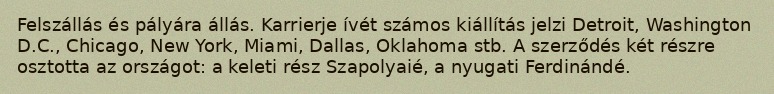
Felszállás és pályára állás. Karrierje ívét számos kiállítás jelzi Detroit, Washington D.C., Chicago, New York, Miami, Dallas, Oklahoma stb. A szerződés két részre osztotta az országot: a keleti rész Szapolyaié, a nyugati Ferdinándé.